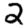
Digit: 2